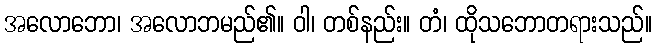
အလောဘော၊ အလောဘမည်၏။ ဝါ၊ တစ်နည်း။ တံ၊ ထိုသဘောတရားသည်။